Vaccination in Bombay 1863-1868 - 1863-1868
Year: 1863
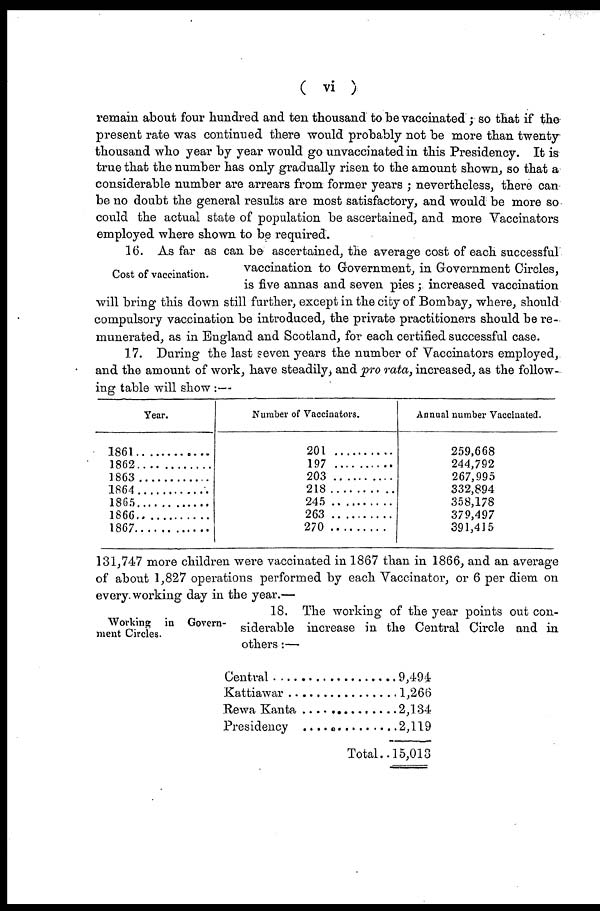
( vi )
remain about four hundred and ten thousand to be vaccinated ; so that if the
present rate was continued there would probably not be more than twenty
thousand who year by year would go unvaccinated in this Presidency. It is
true that the number has only gradually risen to the amount shown, so that a
considerable number are arrears from former years ; nevertheless, there can
be no doubt the general results are most satisfactory, and would be more so
could the actual state of population be ascertained, and more Vaccinators
employed where shown to be required.
Cost of vaccination.
16. As far as can be ascertained, the average cost of each successful
vaccination to Government, in Government Circles,
is five annas and seven pies; increased vaccination
will bring this down still further, except in the city of Bombay, where, should
compulsory vaccination be introduced, the private practitioners should be re-
munerated, as in England and Scotland, for each certified successful case.
17. During the last seven years the number of Vaccinators employed,
and the amount of work, have steadily, and pro rata, increased, as the follow-
ing table will show :—
Year.
1861 ............
1862 ............
1863
1864 ............
1865............
1866
1867 ............
Number of Vaccinators.
201........
197 ........
203........
218 ........
245 ........
263........
270 ........
Annual number Vaccinated.
259,668
244,792
267,995
332,894
358,178
379,497
391,415
131,747 more children were vaccinated in 1867 than in 1866, and an average
of about 1,827 operations performed by each Vaccinator, or 6 per diem on
every working day in the year.—
Working in Govern-
ment Circles.
18. The working of the year points out con-
siderable increase in the Central Circle and in
others:—
Central ....................
Kattiawar ................
Rewa Kanta ............
Presidency ............
Total..
9,494
1,266
2,134
2,119
15,013